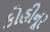
કોહીનૂર